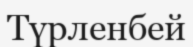
Түрленбей